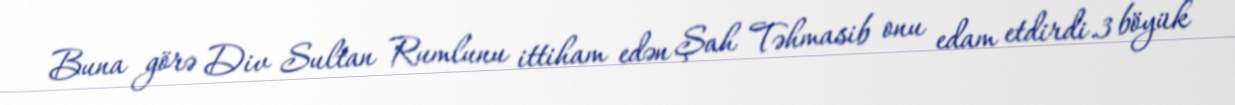
Buna görə Div Sultan Rumlunu ittiham edən Şah Təhmasib onu edam etdirdi.3 böyük